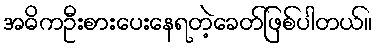
အဓိကဦးစားပေးနေရတဲ့ခေတ်ဖြစ်ပါတယ်။